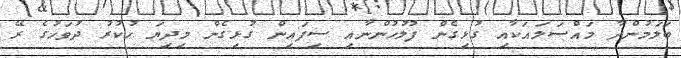
ބަލަމުންދާ މައްސަލައަކާއި ގުޅިގެން ފުލުހުންނާއި ސިފައިން ގުޅިގެން މިދިޔަ ހުކުރު ދުވަހުގެ ރޭ